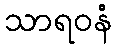
သာရဝနံ